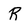
Character: R